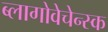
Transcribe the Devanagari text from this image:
ब्लागोवेचेन्स्क